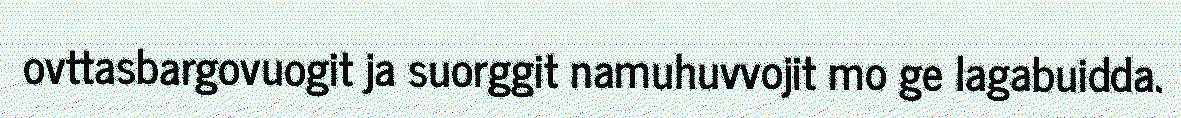
ovttasbargovuogit ja suorggit namuhuvvojit mo ge lagabuidda.